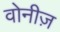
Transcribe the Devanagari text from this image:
वोनीज़